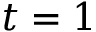
t = 1